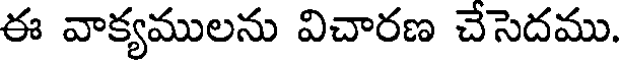
ఈ వాక్యములను విచారణ చేసెదము.